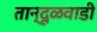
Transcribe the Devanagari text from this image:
तान्दूळवाडी